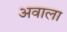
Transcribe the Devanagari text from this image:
अवाला